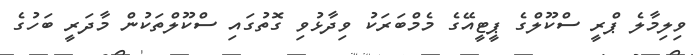
ވިލިމާލެ ޕްރީ ސްކޫލްގެ ޕީޓީއޭގެ މެމްބަރަކު ވިދާޅުވި ގޮތުގައި ސްކޫލްތަކުން މާދަރީ ބަހުގެ